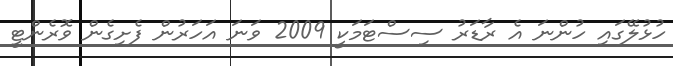
ހުޅުލޭގައި ހުންނަ އެ ރާޑަރު ސިސްޓަމަކީ 2009 ވަނަ އަހަރުން ފެށިގެން ވޮރެންޓީ